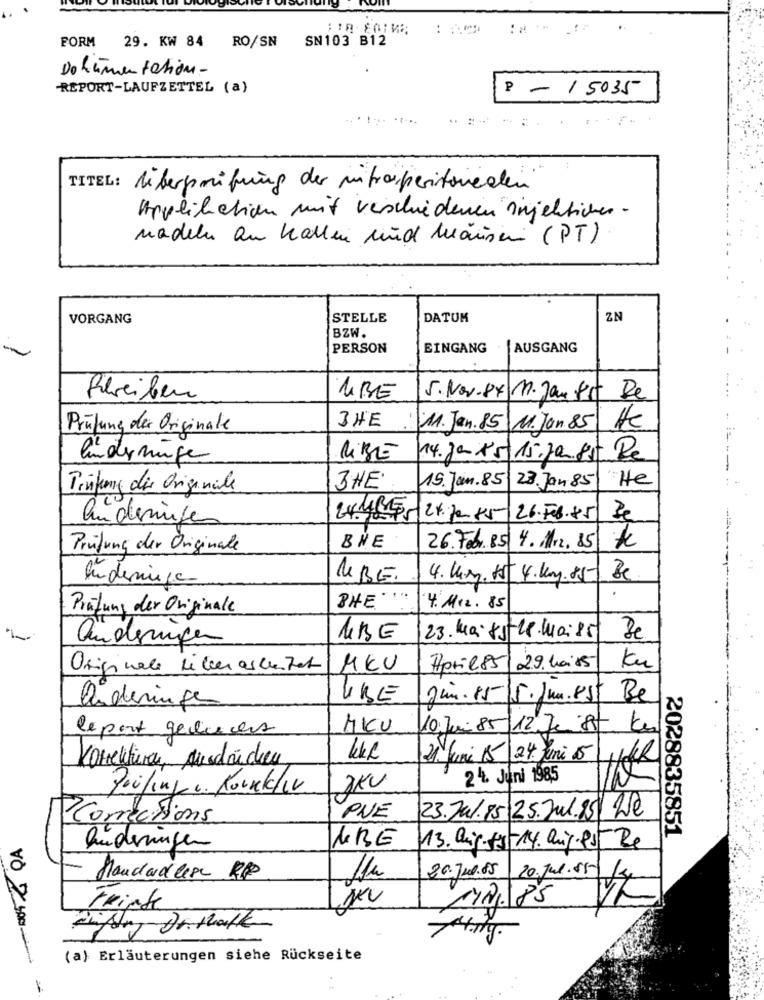
: ::*
..
29. KW 84 RO/SN SN103 B12
FORM
Dokumentation-
REPORT-LAUFZETTEL (a)
P -15035
...... ...
TITEL: liberprüfung der mitraperitoneden
Applikation mit verschiedenen injekticher -
nadelen au kallen und mäusen (PT)
VORGANG
STELLE
DATUM
ZN
BZW.
PERSON
EINGANG
AUSGANG
Bleiben
URE
5.Nov.84 M. Jan Gs De
Prüfung der Originale
SHE
11. Jan. 85 M.Jon 85
He
andy minge
RiBE
14. Jan 15 15.70.85 Re
SHE.
15. Jan. 85
He
Prüfung die Originale
23. Jan 85
audeningen
21.20 55
26.508.85
Prüfung der Originale
BHE
26. Feb. 85 4. Mrz. 85
UBE.
4. Kon. 15 4.kay. 85
Be
Indeninge
Prüfung der Originale
PHE ...
4. Mrz. 85
andenigen
URE
23. Maisstle. Mais5
Originale Liber ascharter
MEU
April 85
29. 10:05
Ku
URE
gin.15/5.Jun.Est
Be
Anderinges
le port geluces
MIKU
10. Juni 85 12 Je ist ku
Konektere, Ausdrücken
21. Juni 15 24 Juni 15
3KU
24. Juni 1985
Peilinge. Rounkliv
Corrections
PNE
23.Jul.85 25.Jul.25 We
2028835851
URE
buderingen
13. aug- 5-14. aug.Por Re
20.Jul.85
- Mandadler R$
11h
20.Jul.85
14
M121/85
Fringe
Pijany Dithalte
(a) Erläuterungen siehe Rückseite
1